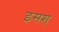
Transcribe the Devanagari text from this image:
इसश्